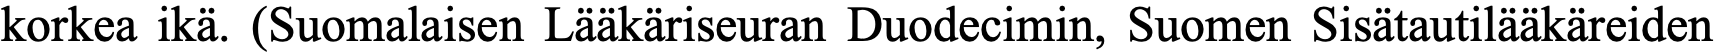
korkea ikä. (Suomalaisen Lääkäriseuran Duodecimin, Suomen Sisätautilääkäreiden